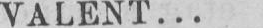
VALENT...